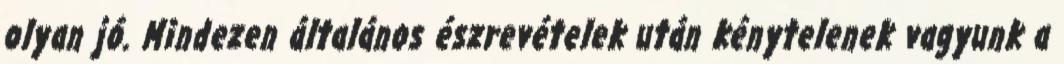
olyan jó. Mindezen általános észrevételek után kénytelenek vagyunk a